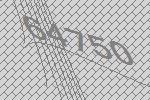
64750